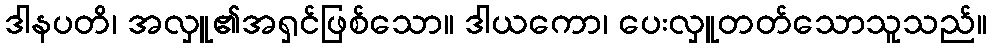
ဒါနပတိ၊ အလှူ၏အရှင်ဖြစ်သော။ ဒါယကော၊ ပေးလှူတတ်သောသူသည်။